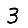
Digit: 3